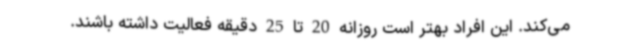
می‌کند. این افراد بهتر است روزانه 20 تا 25 دقیقه فعالیت داشته باشند.